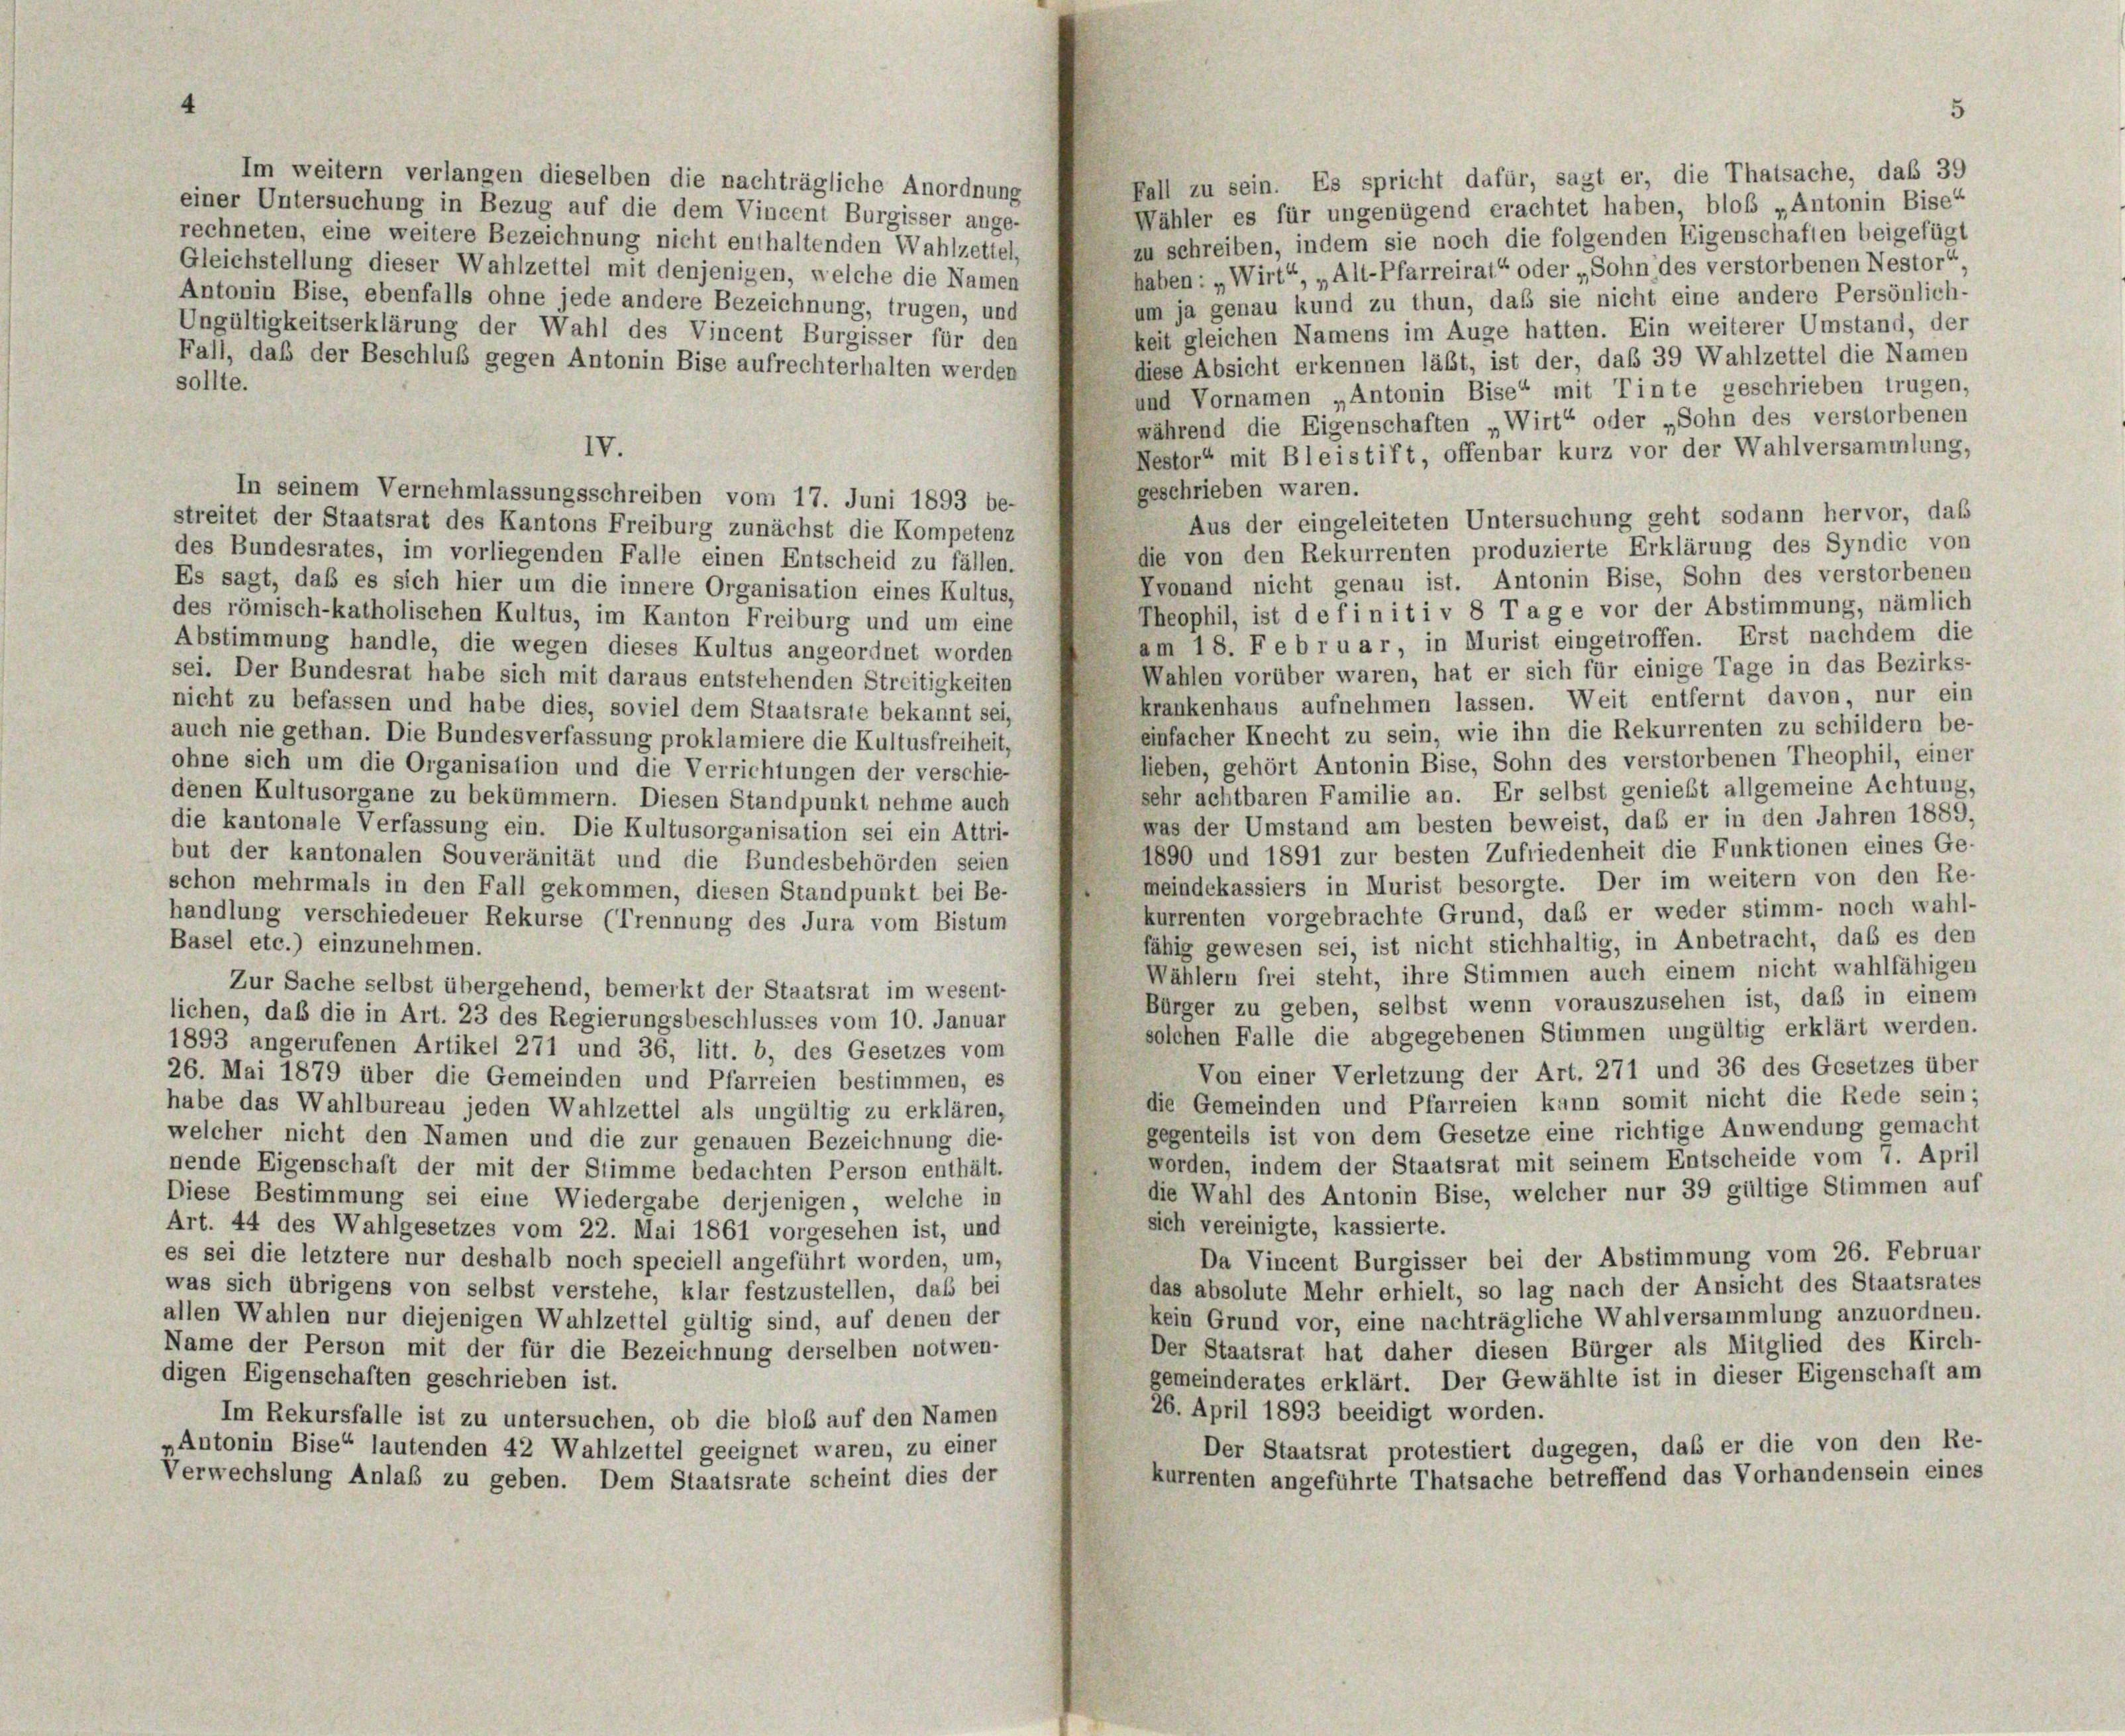
Fall zu sein. Es spricht dafür, sagt er, die Thatsache, das 39
einer Untersuchung in Bezug auf die dem Vincent Burgisser ange-
Wähler es für ungenügend erachtet haben, bloß „Antonin Bise“
rechneten, eine weitere Bezeichnung nicht enthaltenden Wahlzettel,
zu schreiben, indem sie noch die folgenden Eigenschaften beigefügt
Gleichstellung dieser Wahlzettel mit denjenigen, welche die Namen
haben: „Wirt“, „Alt-Pfarreirat“ oder „Sohn des verstorbenen Nestor“
Antonin Bise, ebenfalls ohne jede andere Bezeichnung, trugen, und
um ja genau kund zu thun, daß sie nicht eine andere Persönlich-
Ungültigkeitserklärung der Wahl des Vincent Burgisser für den
keit gleichen Namens im Auge hatten. Ein weiterer Umstand, der
Fall, daß der Beschluß gegen Antonin Bise aufrechterhalten werden
diese Absicht erkennen läßt, ist der, daß 39 Wahlzettel die Namen
sollte.
und Vornamen „Antonin Bise“ mit Tinte geschrieben trugen,
während die Eigenschaften „Wirt“ oder „Sohn des verstorbenen
IV.
Nestor“ mit Bleistift, offenbar kurz vor der Wahlversammlung,
geschrieben waren.
In seinem Vernehmlassungsschreiben vom 17. Juni 1893 be-
Aus der eingeleiteten Untersuchung geht sodann hervor, daß
streitet der Staatsrat des Kantons Freiburg zunächst die Kompetenz
die von den Rekurrenten produzierte Erklärung des Syndic von
des Bundesrates, im vorliegenden Falle einen Entscheid zu fällen.
Kvonand nicht genau ist. Antonin Bise, Sohn des verstorbenen
Es sagt, daß es sich hier um die innere Organisation eines Kultus,
Theophil, ist de finitiv 8 Tage vor der Abstimmung, nämlich
des römisch-katholischen Kultus, im Kanton Freiburg und um eine
am 18. Februar, in Murist eingetroffen. Erst nachdem die
Abstimmung handle, die wegen dieses Kultus angeordnet worden
Mahlen vorüber waren, hat er sich für einige Tage in das Bezirks-
sei. Der Bundesrat habe sich mit daraus entstehenden Streitigkeiten
krankenhaus aufnehmen lassen. Weit entfernt davon, nur ein
nicht zu befassen und habe dies, soviel dem Staatsrate bekannt sei,
einfacher Knecht zu sein, wie ihn die Rekurrenten zu schildern be-
auch nie gethan. Die Bundesverfassung proklamiere die Kultusfreiheit,
Lieben, gehört Antonin Bise, Sohn des verstorbenen Theophil, einer
ohne sich um die Organisation und die Verrichtungen der verschie-
sehr achtbaren Familie an. Er selbst genießt allgemeine Achtung,
denen Kultusorgane zu bekümmern. Diesen Standpunkt nehme auch
was der Umstand am besten beweist, das er in den Jahren 1889,
die kantonale Verfassung ein. Die Kultusorganisation sei ein Attri-
1890 und 1891 zur besten Zufriedenheit die Funktionen eines Ge-
but der kantonalen Souveränität und die Bundesbehörden seien
meindekassiers in Murist besorgte. Der im weitern von den Re-
schon mehrmals in den Fall gekommen, diesen Standpunkt bei Be-
kurrenten vorgebrachte Grund, daß er weder stimm- noch wahl-
handlung verschiedener Rekurse (Trennung des Jura vom Bistum
fähig gewesen sei, ist nicht stichhaltig, in Anbetracht, das es den
Basel etc.) einzunehmen.
Wählern frei steht, ihre Stimmen auch einem nicht wahlfähigen
Zur Sache selbst übergehend, bemerkt der Staatsrat im wesent-
Bürger zu geben, selbst wenn vorauszusehen ist, daß in einem
lichen, daß die in Art. 23 des Regierungsbeschlusses vom 10. Januar
solchen Falle die abgegebenen Stimmen ungültig erklärt werden.
1893 angerufenen Artikel 271 und 36, litt. b, des Gesetzes vom
Von einer Verletzung der Art. 271 und 36 des Gesetzes über
26. Mai 1879 über die Gemeinden und Pfarreien bestimmen, es
die Gemeinden und Pfarreien kann somit nicht die Rede sein;
habe das Wahlbureau jeden Wahlzettel als ungültig zu erklären,
gegenteils ist von dem Gesetze eine richtige Anwendung gemacht
welcher nicht den Namen und die zur genauen Bezeichnung die-
worden, indem der Staatsrat mit seinem Entscheide vom 1. April
nende Eigenschaft der mit der Stimme bedachten Person enthält.
die Wahl des Antonin Bise, welcher nur 39 gültige Stimmen auf
Diese Bestimmung sei eine Wiedergabe derjenigen, welche in
sich vereinigte, kassierte.
Art. 44 des Wahlgesetzes vom 22. Mai 1861 vorgesehen ist, und
es sei die letztere nur deshalb noch speciell angeführt worden, um,
Da Vincent Burgisser bei der Abstimmung vom 26. Februar
das absolute Mehr erhielt, so lag nach der Ansicht des Staatsrates
was sich übrigens von selbst verstehe, klar festzustellen, daß bei
kein Grund vor, eine nachträgliche Wahlversammlung anzuordnen.
allen Wahlen nur diejenigen Wahlzettel gültig sind, auf denen der
Der Staatsrat hat daher diesen Bürger als Mitglied des Kirch-
Name der Person mit der für die Bezeichnung derselben notwen-
digen Eigenschaften geschrieben ist.
gemeinderates erklärt. Der Gewählte ist in dieser Eigenschaft am
26. April 1893 beeidigt worden.
Im Rekursfalle ist zu untersuchen, ob die bloß auf den Namen
Der Staatsrat protestiert dugegen, daß er die von den Re-
„Antonin Bise“ lautenden 42 Wahlzettel geeignet waren, zu einer
kurrenten angeführte Thatsache betreffend das Vorhandensein eines
Verwechslung Anlaß zu geben. Dem Staatsrate scheint dies der

Im weitern verlangen dieselben die nachträgliche Anordnung